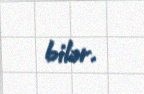
bilər.